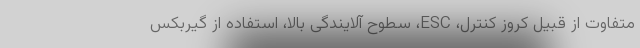
متفاوت از قبیل کروز کنترل، ESC، سطوح آلایندگی بالا، استفاده از گیربکس